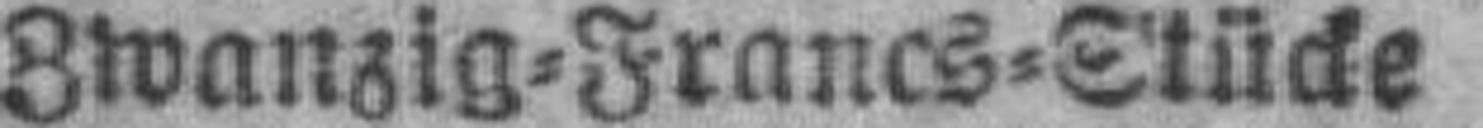
Zwanzig=Franes=Stücke